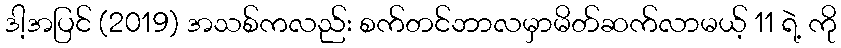
ဒါ့အပြင် (2019) အသစ်ကလည်း စက်တင်ဘာလမှာမိတ်ဆက်လာမယ့် 11 ရဲ့ ကို